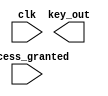
module secret_key_base(clk, key_out, access_granted);
input wire clk;
output reg [31:0] key_out;
input wire access_granted;

reg [31:0] secret_key = 32'h12345678;

//output key_out for one clock after access_granted is high
//-copilot next line-


endmodule